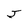
Character: J